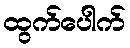
ထွက်ပေါက်